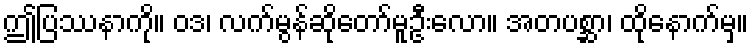
ဤပြဿနာကို။ ဝဒ၊ လက်မွန်ဆိုတော်မူဦးလော။ အတပစ္ဆာ၊ ထိုနောက်မှ။